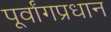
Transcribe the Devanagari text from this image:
पूर्वांगप्रधान